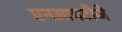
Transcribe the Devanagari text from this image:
एनआयटीजे